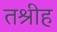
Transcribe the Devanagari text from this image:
तश्रीह